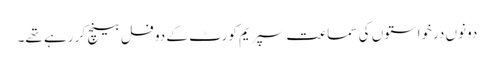
دونوں درخواستوں کی سماعت سپریم کورٹ کے دو فل بینچ کر رہے تھے۔